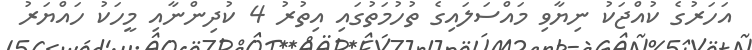
އަހަރުގެ ކުއްޖަކު ނިޔާވި މައްސަލައިގެ ތުހުމަތުގައި އިތުރު 4 ކުދިންނާއި މީހަކު ހައްޔަރު